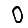
Digit: 0